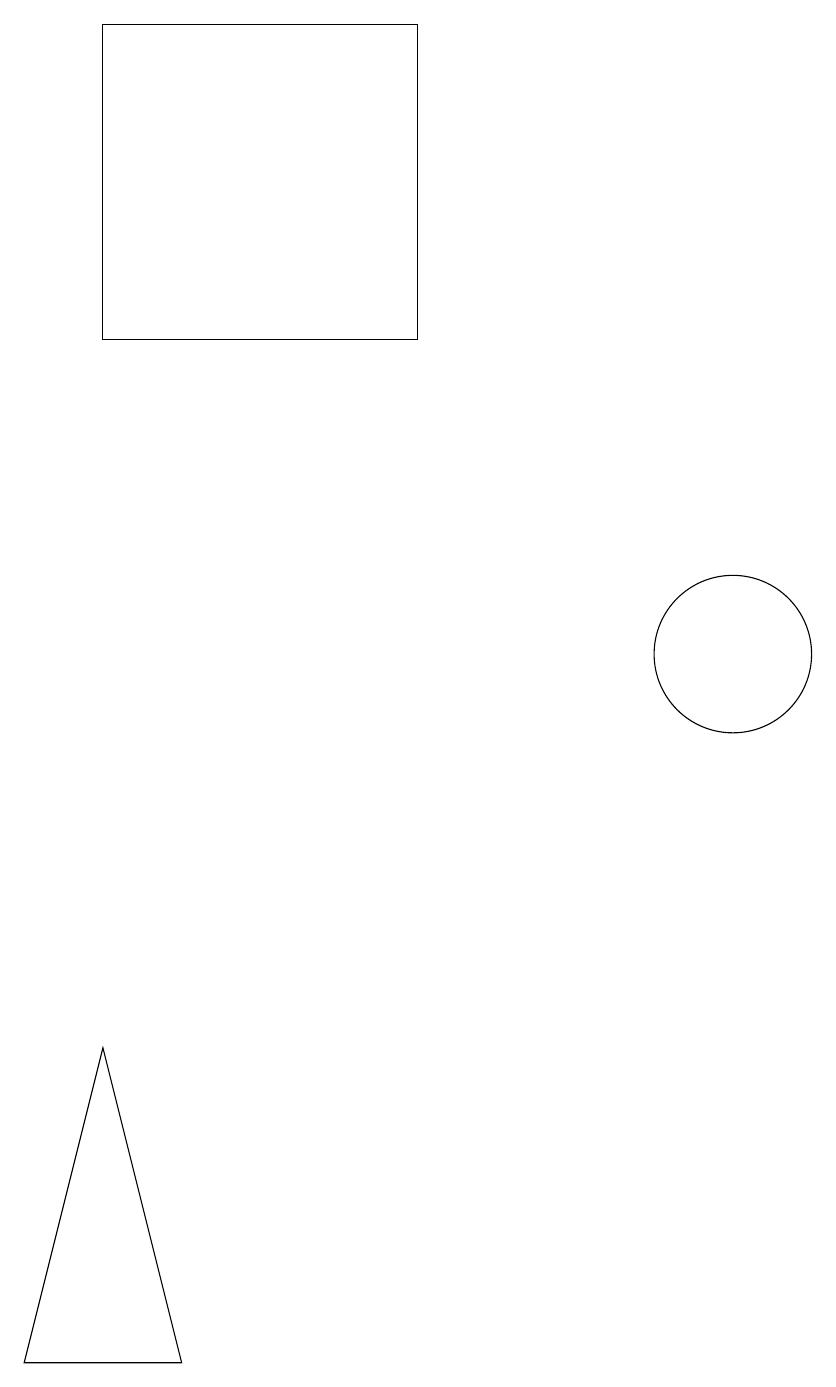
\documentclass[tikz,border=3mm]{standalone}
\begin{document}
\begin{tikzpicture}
\draw (4,19) rectangle (8,15);
\draw (12,11) circle (1);
\draw (4,6) -- (3,2) -- (5,2) -- cycle;
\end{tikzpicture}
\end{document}